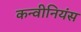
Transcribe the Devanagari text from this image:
कन्वीनियंस